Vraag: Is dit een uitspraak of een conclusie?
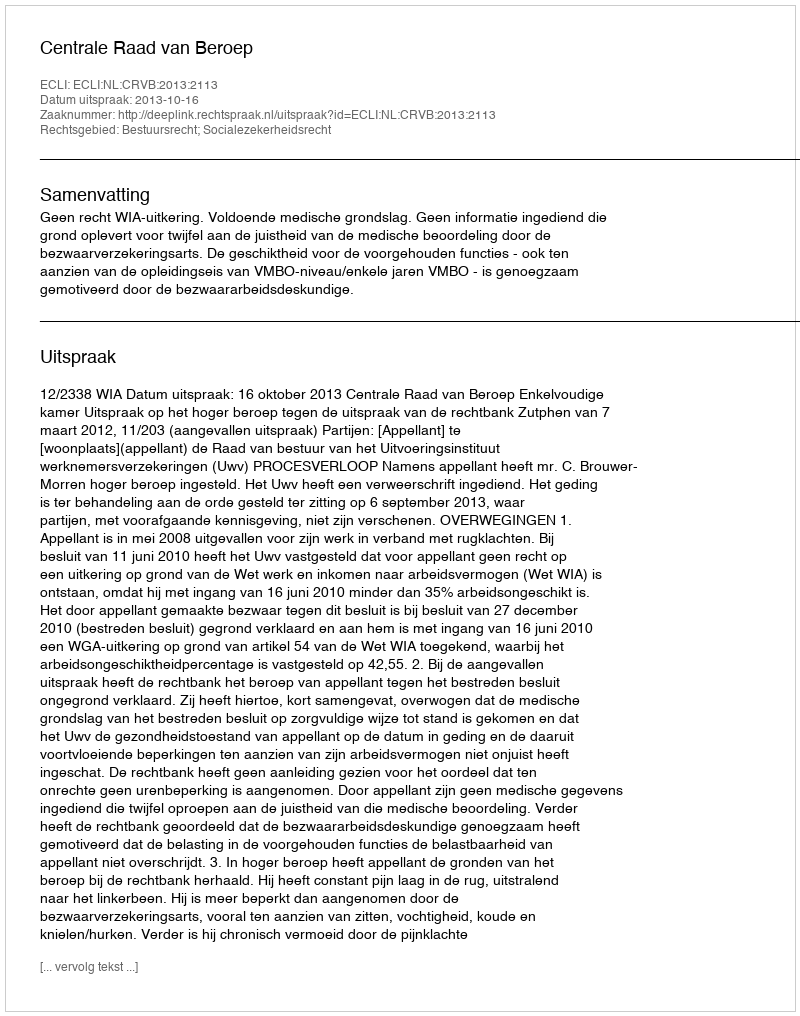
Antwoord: Uitspraak